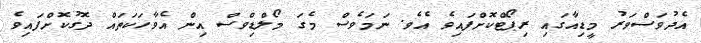
އެދުވަސްވަރު މީޑިއާގައި ރިޕޯޓްކޮށްފައިވެ އެވެ. ނަމަވެސް މެގަ މޯލްޑިވްސް އިން އެވާހަކަތައް ދޮގުކޮށްފައިވެ